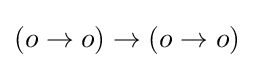
(o\to o)\to (o\to o)